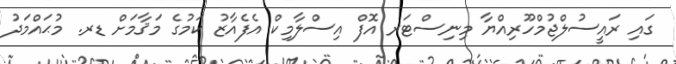
ގައި ރައީސުލްޖުމްހޫރިއްޔާ މިނިސްޓަރ އޮފް އިސްލާމިކް އެފެއާޒު ކަމުގެ މަޤާމަށް ޑރ. މުޙައްމަދު